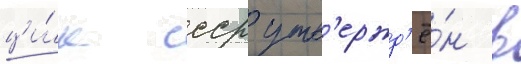
ци́к ссср утв'ержд'ё́н в